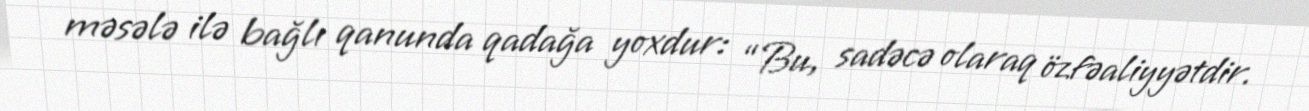
məsələ ilə bağlı qanunda qadağa yoxdur: “Bu, sadəcə olaraq özfəaliyyətdir.